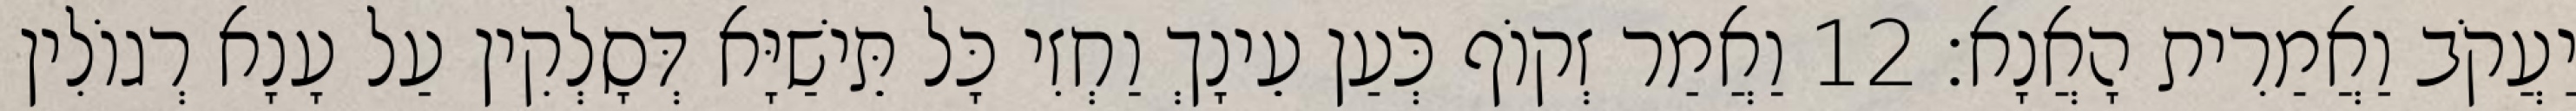
יַעֲקֹב וַאֲמַרִית הָאֲנָא׃ 12 וַאֲמַר זְקוֹף כְּעַן עֵינָךְ וַחְזִי כָּל תֵּישַׁיָּא דְּסָלְקִין עַל עָנָא רְגוֹלִין